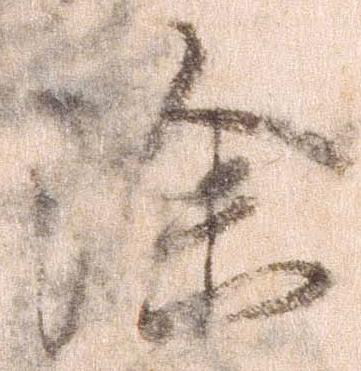
除